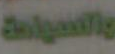
والعوامة